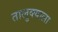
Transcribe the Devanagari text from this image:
तालुक्‍याला